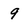
Character: 9